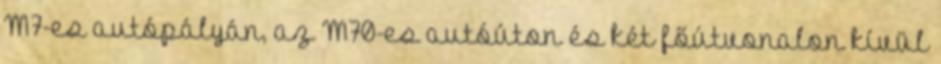
M7-es autópályán, az M70-es autóúton és két főútvonalon kívül